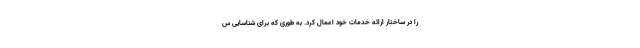
را در ساختار ارائه خدمات خود اعمال کرد. به طوری که برای شناسایی س